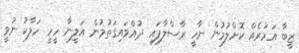
ޒީބާ އަމުރެއް ކޮށްލުމުން ނާހީ ރާސްލާފައި ދުއްވައިގަތުމުން އަލީނާ ހީހީ ހަލާކު ނުވީ